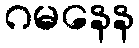
ဂမနေန